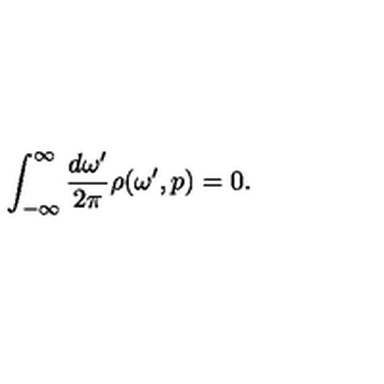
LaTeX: \int _ { - \infty } ^ { \infty } \frac { d \omega ^ { \prime } } { 2 \pi } \rho ( \omega ^ { \prime } , p ) = 0 .